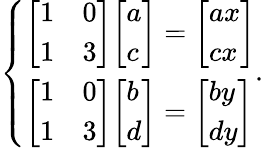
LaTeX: {\left\{ \begin{array}{ll}{{\left[\begin{array}{ll}{1}&{0}\\ {1}&{3}\end{array}\right]}{\left[\begin{array}{l}{a}\\ {c}\end{array}\right]}={\left[\begin{array}{l}{ax}\\ {cx}\end{array}\right]}}\\ {{\left[\begin{array}{ll}{1}&{0}\\ {1}&{3}\end{array}\right]}{\left[\begin{array}{l}{b}\\ {d}\end{array}\right]}={\left[\begin{array}{l}{by}\\ {dy}\end{array}\right]}}\end{array}\right.}.